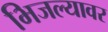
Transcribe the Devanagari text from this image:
भिजल्यावर